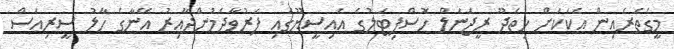
މީގެތެރެއިން އެކަަކަށް ހިތަދޫ ރީޖަނަލް ހޮސްޕިޓަލުގެ އައިސީޔޫގައި ފަރުވާދެމުންދާއިރު އޭނާގެ ހާލު ސީރިއަސް